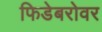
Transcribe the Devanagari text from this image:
फिडेबरोवर